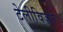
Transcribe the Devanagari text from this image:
टेलीवि़ज़न